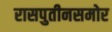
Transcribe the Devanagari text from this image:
रासपुतीनसमोर